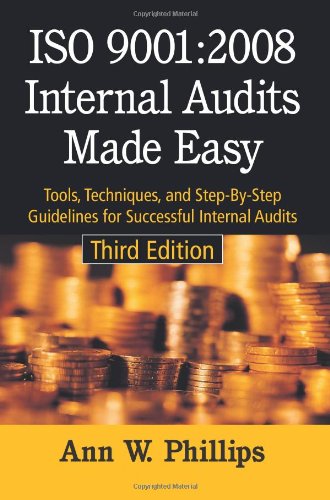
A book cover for ISO 9001:2008 Internal Audits Made Easy: Tools, Techniques, and Step-By-Step Guidelines for Successful Internal Audits, Third Edition; Anne W. Phillips; Business & Money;